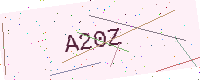
Text: A20Z